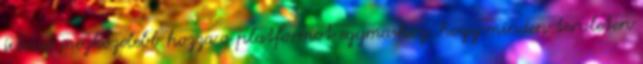
icloud megkozelebb hozza a platformot egymashoz, hogy minden teruleten